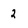
Character: 2